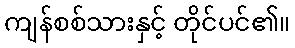
ကျန်စစ်သားနှင့် တိုင်ပင်၏။